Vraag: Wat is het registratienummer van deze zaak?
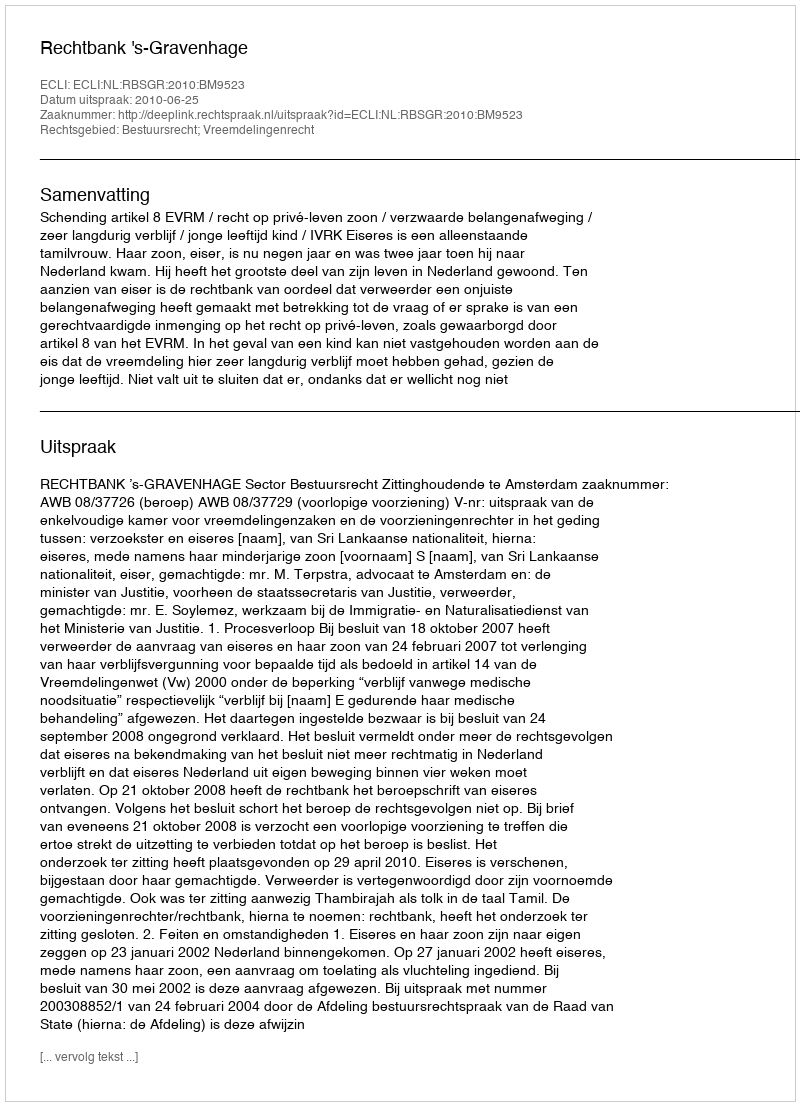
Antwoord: http://deeplink.rechtspraak.nl/uitspraak?id=ECLI:NL:RBSGR:2010:BM9523